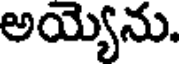
అయ్యెను.